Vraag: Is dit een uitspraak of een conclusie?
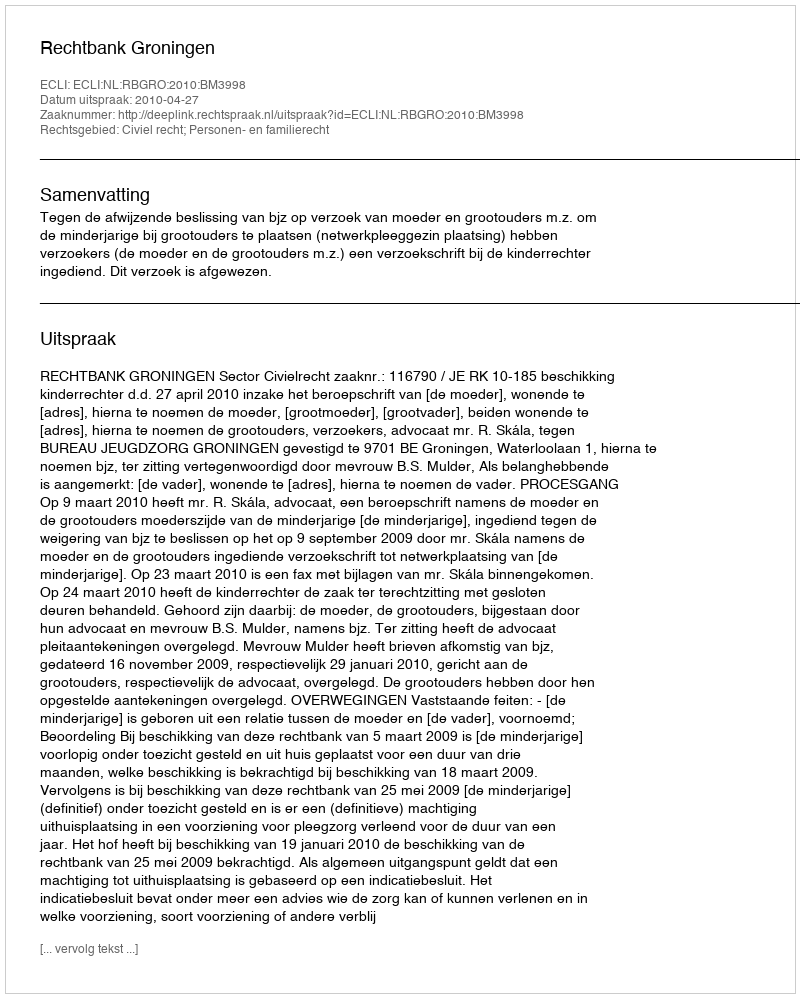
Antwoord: Uitspraak